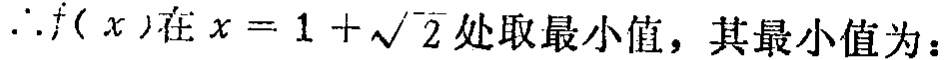
\(\therefore f( x)在x = 1 + \sqrt{2}处取最小值，其最小值为：\)